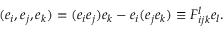
( e _ { i } , e _ { j } , e _ { k } ) = ( e _ { i } e _ { j } ) e _ { k } - e _ { i } ( e _ { j } e _ { k } ) \equiv { \cal F } _ { i j k } ^ { l } e _ { l } .